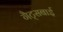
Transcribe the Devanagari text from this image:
गैट्सबाई